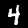
Label: 4